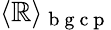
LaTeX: \langle\mathbb{R}\rangle_{\mathrm{{~b~g~c~p~}}}